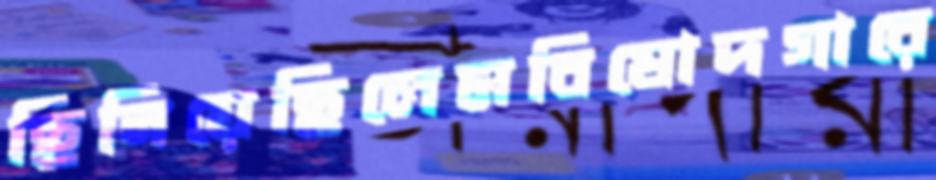
ছিনিয়েছিলেমবিষোদগারে